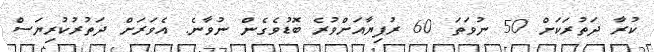
ކުރާ ދަތުރަކަށް 50 ނުވަތަ 60 ރުފިޔާއަށްވުރެ ބޮޑުވެގެން ނުވާނެ. އެވަރަށް ދަތުރުކުރިޔަސް